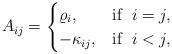
LaTeX: \begin{align*} A_{ij} =\begin{cases} \varrho_i, & \mbox{if }\; i=j , \\ -\kappa_{ij}, & \mbox{if } \; i< j,\end{cases} \end{align*}